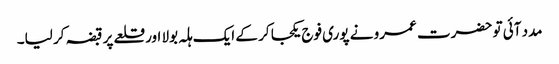
مدد آئی تو حضرت عمرو نے پوری فوج یکجا کر کے ایک ہلہ بولا اور قلعے پر قبضہ کر لیا۔